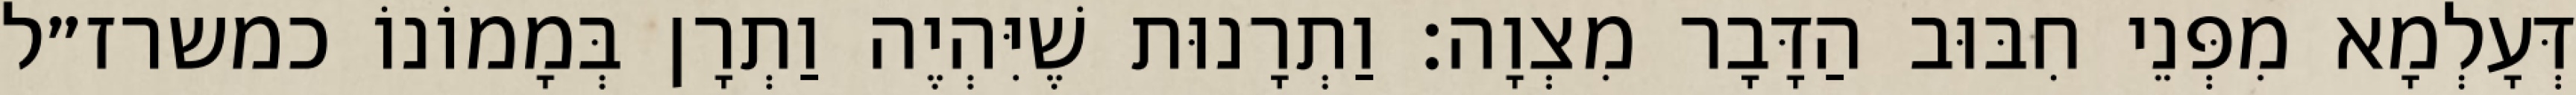
דְּעָלְמָא מִפְּנֵי חִבּוּב הַדָּבָר מִצְוָה: וַתְרָנוּת שֶׁיִּהְיֶה וַתְרָן בְּמָמוֹנוֹ כמשרז״ל